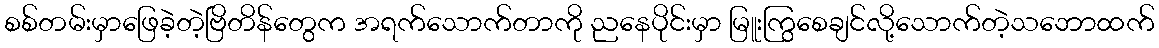
စစ်တမ်းမှာဖြေခဲ့တဲ့ဗြိတိန်တွေက အရက်သောက်တာကို ညနေပိုင်းမှာ မြူးကြွစေချင်လို့သောက်တဲ့သဘောထက်